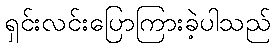
ရှင်းလင်းပြောကြားခဲ့ပါသည်